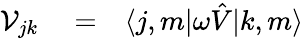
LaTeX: \begin{array}{rlr}{{\mathcal V}_{jk}}&{{}=}&{\langle j,m|\omega{\hat{V}}{|k,m\rangle}}\end{array}